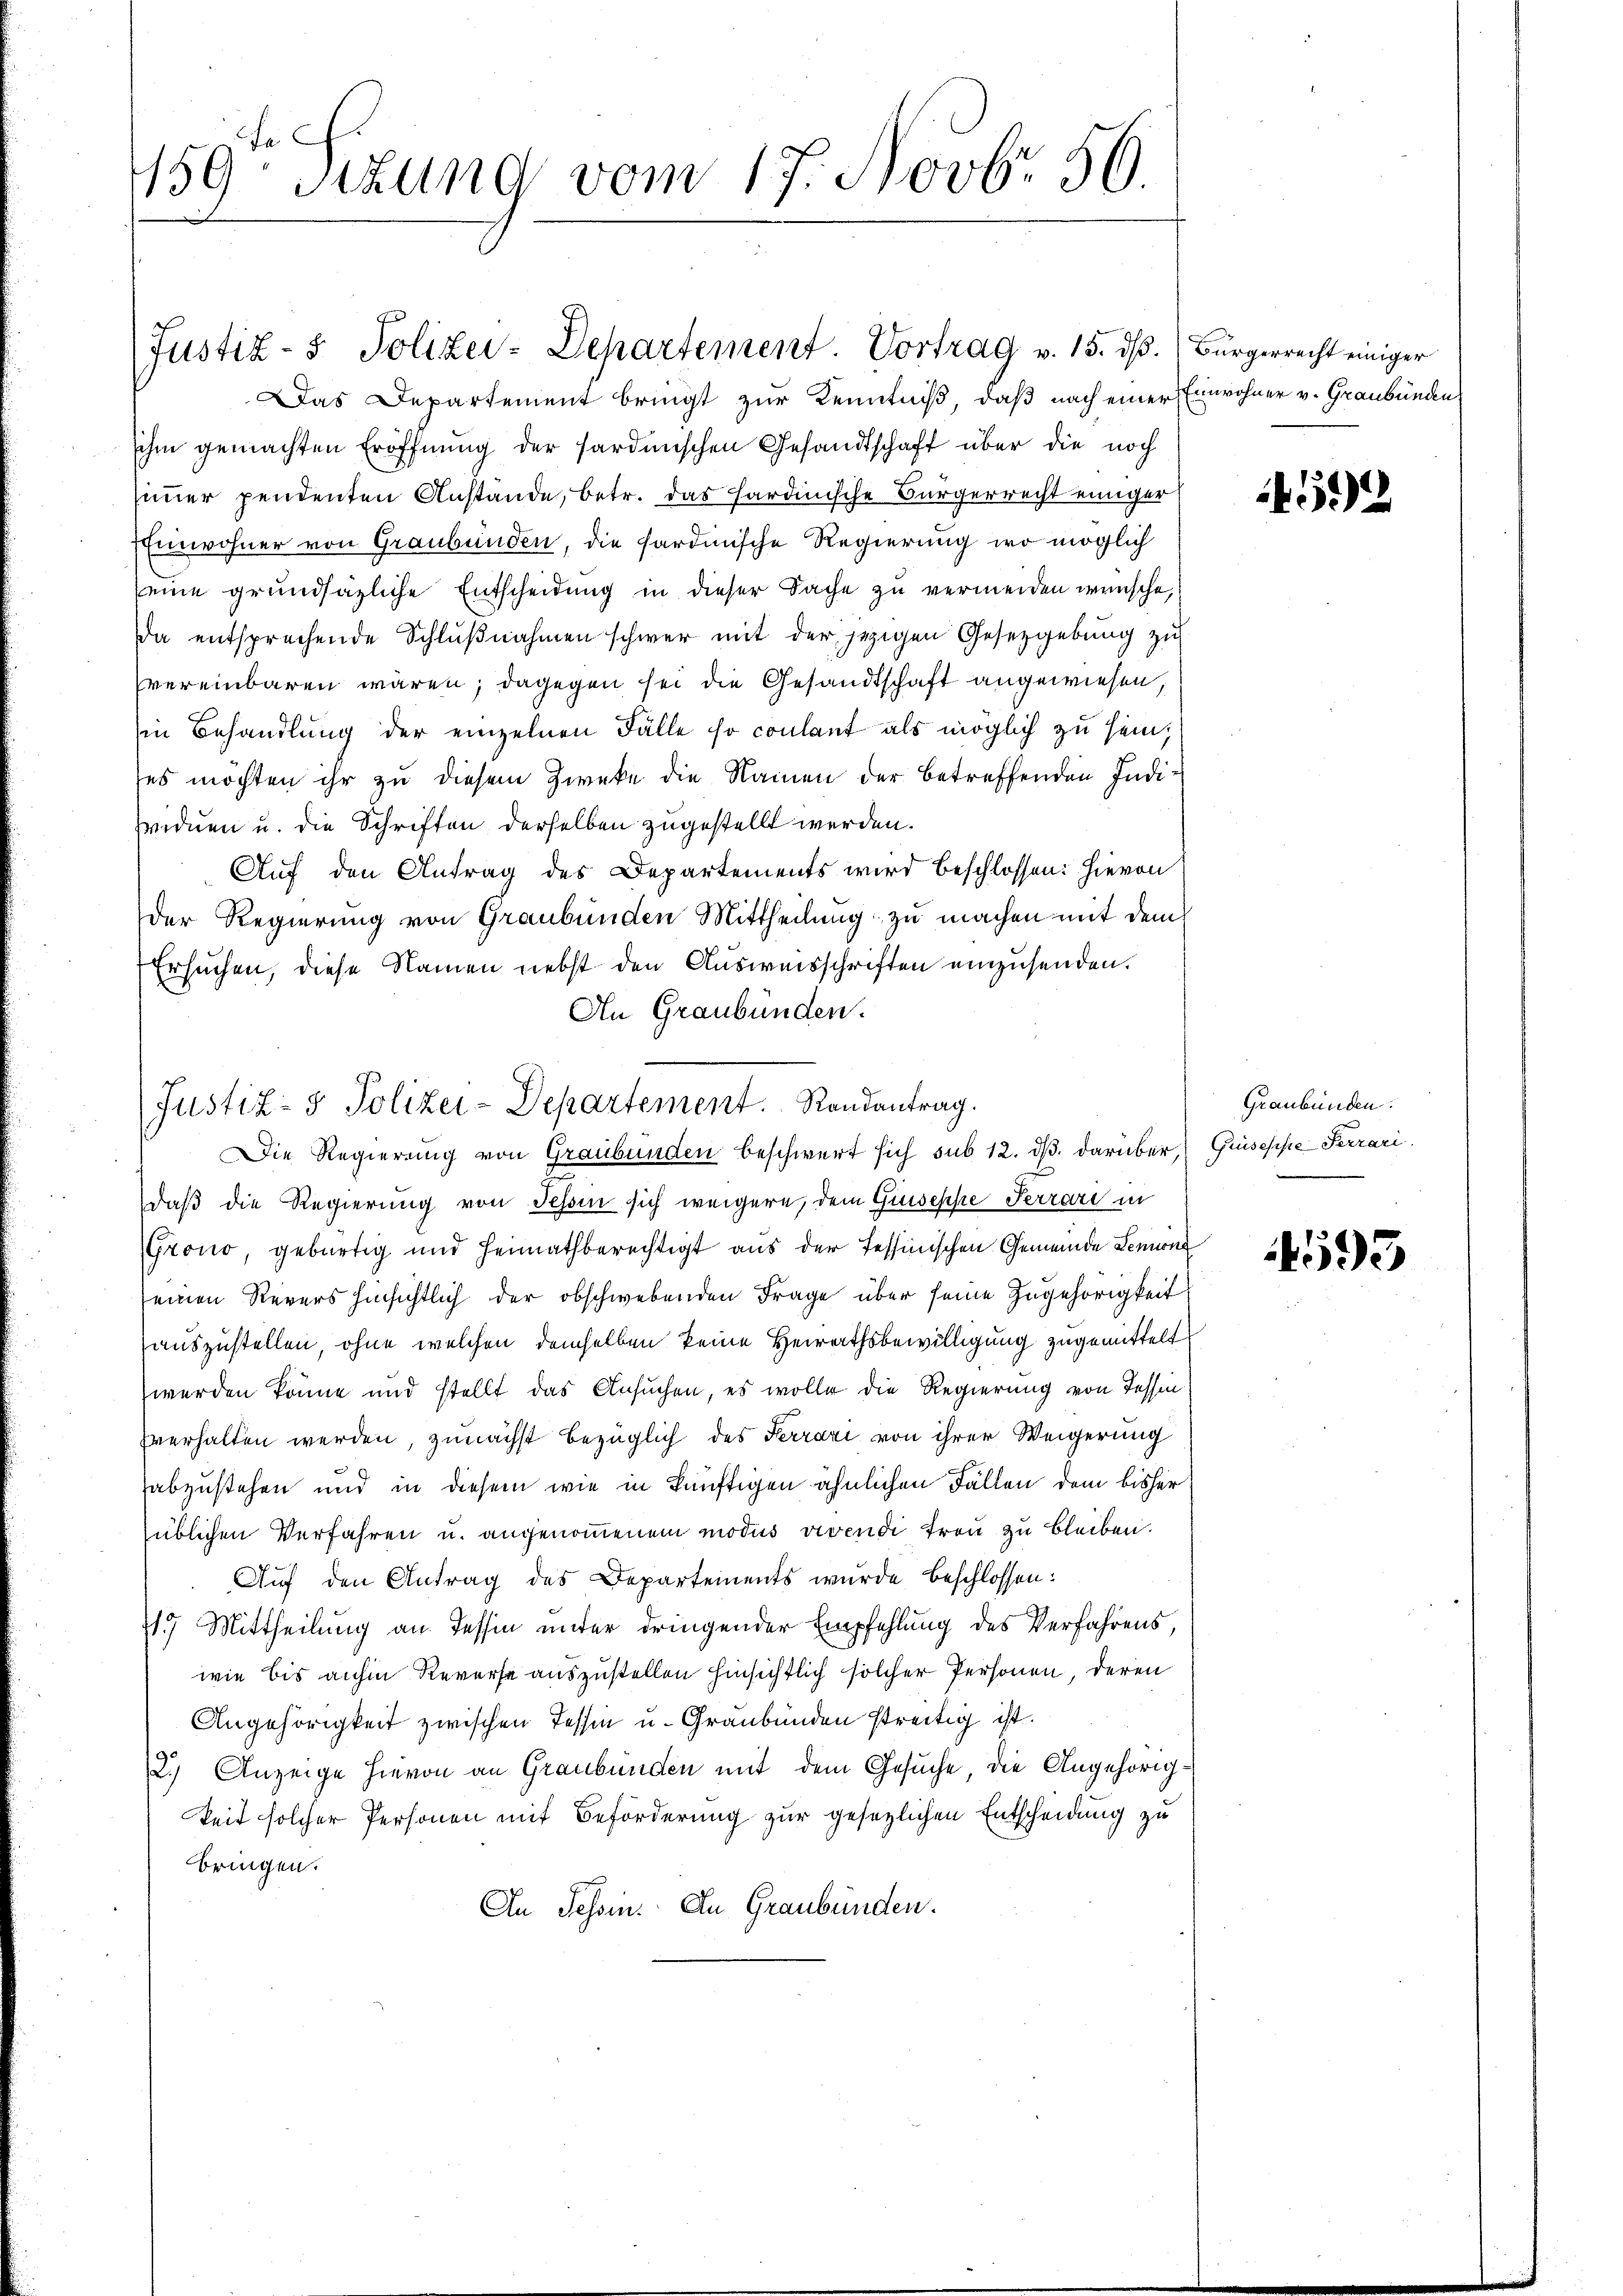
159 sizung vom 17. Novbr. 56.

Das Departement bringt zur Kenntniß, daß nach einer
ihm gemachten Eröffnung der Sardinischen Gesandtschaft über die noch
simmer pendenten Anstände, betr. das Hardinische Bürgerrecht einiger
Einwohner von Graubünden, die sardinische Regierung wo möglich
eine grundsätzliche Entscheidung in dieser Sache zu vermeiden wünsche,
a entsprechende Schlŭβnahmen schwer mit der jezigen Gesetzgebung zu
vereinbaren wären; dagegen sei die Gesandtschaft angewiesen,
in Behandlung der einzelnen Fälle so conlant als möglich zu sein;
ses möchten ihr zu diesem Zwecke die Namen der betreffenden Individuen u. die Schriften derselben zugestellt werden.
Auf den Antrag des Departements wird beschlossen: Hievon
der Regierung von Graubünden Mittheilung zu machen mit dem
Ersuchen, diese Namen nebst den Ausweisschriften einzusenden.
An Graubünden.
.
daß die Regierung von Tessin sich weigere, dem Giuseppe Perrare in
Grono, gebürtig und heimathberechtigt aus der Tessinischen Gemeinde Senione
seinen Revers hinsichtlich der obschwebenden Frage über seine Zugehörigkeit
auszustellen, ohne welchen demselben keine Heirathsbewilligung zugemittelt
werden könne und stellt das Ansuchen, es wolle die Regierung von Tessin
vverhalten werden, zunächst bezüglich des Terrari von ihrer Weigerung
abzustehen und in diesem wie in künftigen ähnlichen Fällen dem bisher
süblichen Verfahren u. angenommenem modus vivendi treu zu bleiben.
Auf den Antrag des Departements wurde beschlossen:
717 Mittheilung an Tessin unter dringender Empfehlung des Verfahrens,
wie bis anhin Reverse auszustellen hinsichtlich solcher Personen, deren
Angehörigkeit zwischen Tessin u. Graubünden streitig ist.
2.) Anzeige hievon an Graubünden mit dem Gesuche, die Angehörigkeit solcher Personen mit Beförderung zur gesetzlichen Entscheidung zu
bringen.
An Tessin. An Graubünden.

Justiz- & Polizei-Departement. Vortrag v. 15. dβ. Bürgerrecht einiger

Justiz- & Polizei-Departement. Randantrag.
Die Regierung von Graubünden beschwert sich sub 12. dβ darüber Guiseppe Ferrari

inwohner v. Graubünden

4592

Graubünden.

593